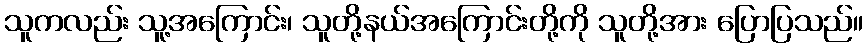
သူကလည်း သူ့အကြောင်း၊ သူတို့နယ်အကြောင်းတို့ကို သူတို့အား ပြောပြသည်။